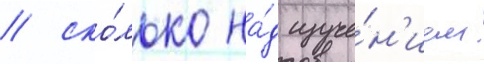
/ ско́лько на́д изуче́н'ием